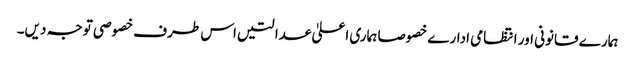
ہمارے قانونی اور انتظامی ادارے خصوصا ہماری اعلیٰ عدالتیں اس طرف خصوصی توجہ دیں۔